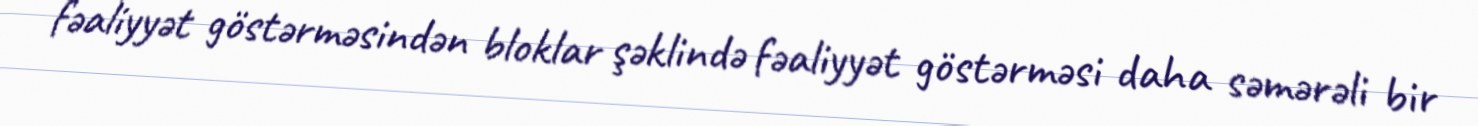
fəaliyyət göstərməsindən bloklar şəklində fəaliyyət göstərməsi daha səmərəli bir